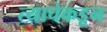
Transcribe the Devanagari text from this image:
त्याचेकडून